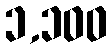
၁,၁၀၀